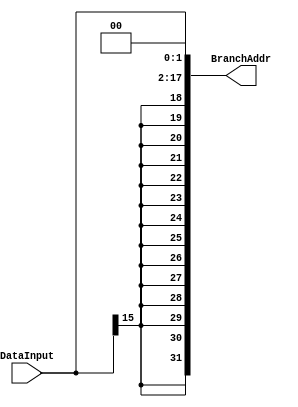

module BranchAddress
(   
	input [15:0] DataInput,
   output[31:0] BranchAddr
);


	assign BranchAddr ={{14{DataInput[15]}},DataInput[15:0],2'b00};

endmodule // signExtend